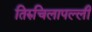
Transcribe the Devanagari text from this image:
तिरुचिलापल्ली